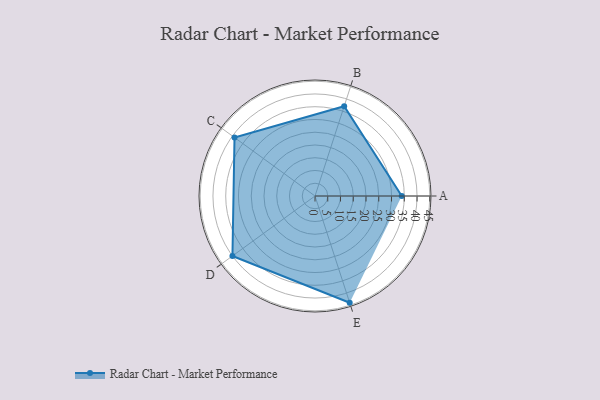
{"axis": {"x": "Skill", "y": "Score"}, "legend": ["Profile"], "data": [{"x": "A", "y": 34.0, "type": "Profile"}, {"x": "B", "y": 37.0, "type": "Profile"}, {"x": "C", "y": 39.0, "type": "Profile"}, {"x": "D", "y": 40.0, "type": "Profile"}, {"x": "E", "y": 44.0, "type": "Profile"}]}